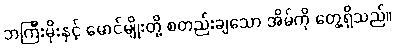
ဘကြီးမိုးနှင့် မောင်မျိုးတို့ စတည်းချသော အိမ်ကို တွေ့ရှိသည်။